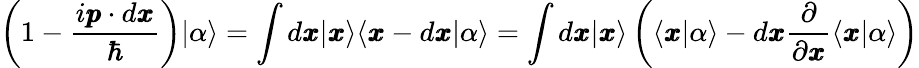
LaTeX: \left(1-\frac{i\pmb{p}\cdot d\pmb{x}}{\hbar}\right)|\alpha\rangle=\int{d\pmb{x}|\pmb{x}\rangle}\langle\pmb{x}-d\pmb{x}|\alpha\rangle=\int{d\pmb{x}|\pmb{x}\rangle}\left(\langle\pmb{x}|\alpha\rangle-d\pmb{x}\frac{\partial}{\partial\pmb{x}}\langle\pmb{x}|\alpha\rangle\right)